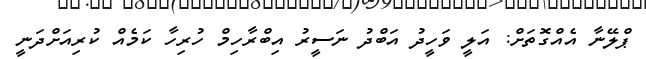
ޕްލޭނާ އެއްގޮތަށް: އަލީ ވަހީދު އަބްދު ނަސީރު އިބްރާހިމް ހުރިހާ ކަމެއް ކުރިއަށްދަނީ